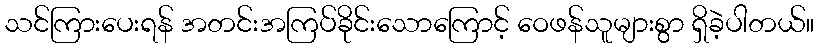
သင်ကြားပေးရန် အတင်းအကြပ်ခိုင်းသောကြောင့် ဝေဖန်သူများစွာ ရှိခဲ့ပါတယ်။